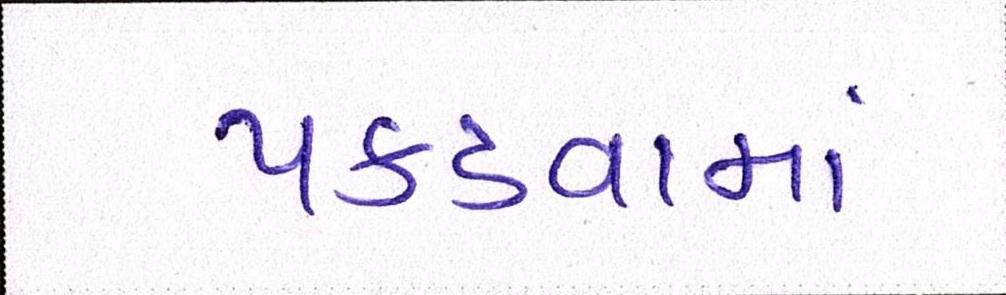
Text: પકડવામાં